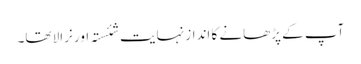
آپ کے پڑھانے کا انداز نہایت شئستہ اور نرالا تھا۔